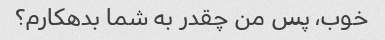
خوب، پس من چقدر به شما بدهکارم؟